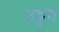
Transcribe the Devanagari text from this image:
उट्टन